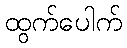
ထွက်ပေါက်